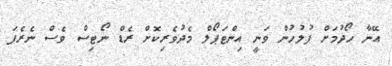
އޭނާ ހޯދުމަށް ފުލުހުން ވަނީ އިންޓަޕޯލް މެދުވެރިކޮށް ރެޑް ނޯޓިސް ވެސް ނެރެފަ